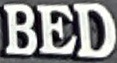
BED